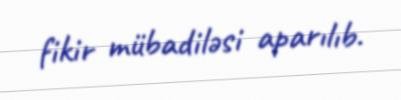
fikir mübadiləsi aparılıb.